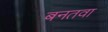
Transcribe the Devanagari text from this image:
बनतवा